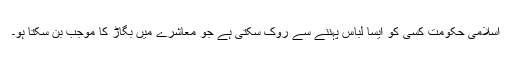
اسلامی حکومت کسی کو ایسا لباس پہننے سے روک سکتی ہے جو معاشرے میں بگاڑ کا موجب بن سکتا ہو۔